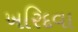
ખરિદવા